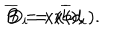
\overline { { { B } } } = x ( \overline { { { b } } } ) , \hspace { 5 m m } D _ { i } = x ( d _ { i } ) .